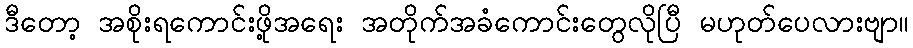
ဒီတော့ အစိုးရကောင်းဖို့အရေး အတိုက်အခံကောင်းတွေလိုပြီ မဟုတ်ပေလားဗျာ။